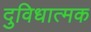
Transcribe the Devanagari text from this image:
दुविधात्मक